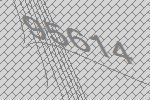
95614